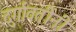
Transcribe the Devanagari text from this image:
दुर्गावतींनी